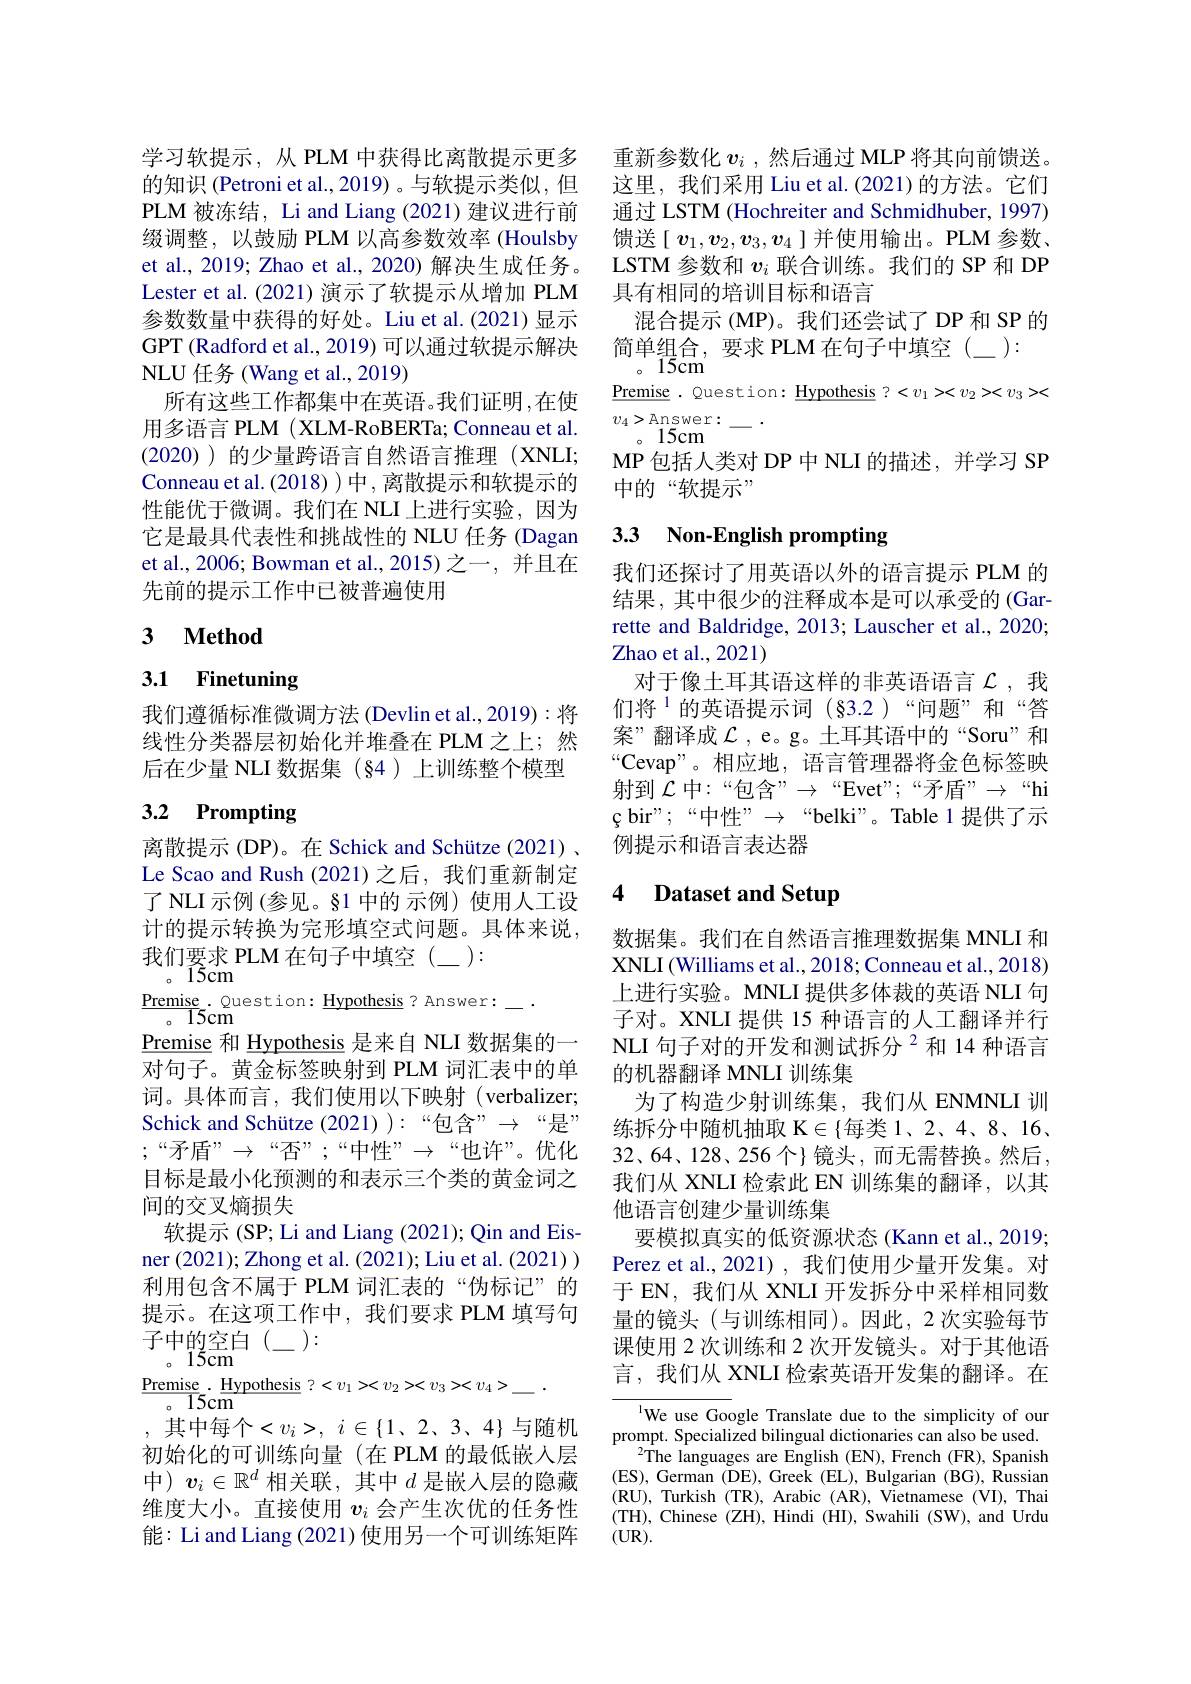
学习软提示，从 PLM 中获得比离散提示更多的知识 (Petroni et al.,2019)。与软提示类似，但PLM 被冻结，Li and Liang (2021) 建议进行前缀调整，以鼓励 PLM 以高参数效率 (Houlsby et al., 2019; Zhao et al., 2020) 解决生成任务。Lester et al. (2021) 演示了软提示从增加 PLM 参数数量中获得的好处。Liu et al.(2021)显示GPT (Radford et al., 2019) 可以通过软提示解决NLU 任务 (Wang et al., 2019)
所有这些工作都集中在英语。我们证明，在使${\text{用多语言 PLM (XLM-RoBERTa; Conneau et al.}}$ (2020) )的少量跨语言自然语言推理(XNLI; Conneau et al. (2018) ) 中 , 离散提示和软提示的性能优于微调。我们在 NLI 上进行实验，因为它是最具代表性和挑战性的 NLU 任务 (Dagan et al., 2006; Bowman et al., 2015) 之一，并且在先前的提示工作中已被普遍使用

# 3 $\textbf{Method}$

# 3.1 Finetuning

我们遵循标准微调方法(Devlin et al.,2019):将线性分类器层初始化并堆叠在 PLM 之上；然后在少量 NLI 数据集 (§4 )上训练整个模型

# 3.2 Prompting

离散提示 (DP)。在 Schick and Schütze (2021) . Le Scao and Rush (2021)之后，我们重新制定了 NLI 示例 (参见。§1 中的 示例) 使用人工设计的提示转换为完形填空式问题。具体来说我们要求 PLM 在句子中填空(\_):
。15cm
$\frac{\mathrm{Premise}}{\mathrm{I5cm}}.$ Question$:\frac{\mathrm{Hypothesis}}{\mathrm{Answer}:}-\cdot$
$\underline{\text{Premise}}$和 Hypothesis 是来自 NLI 数据集的一对句子。黄金标签映射到 PLM 词汇表中的单词。具体而言，我们使用以下映射(verbalizer; Schick and Schütze (2021) ):“包含” $\to$“ 是 ” $;“$矛盾”$\rightarrow“$否”;“中性”$\rightarrow“$也许”。优化目标是最小化预测的和表示三个类的黄金词之间的交叉熵损失
软提示 (SP; Li and Liang (2021); Qin and Eisner (2021);Zhong et al. (2021);Liu et al.(2021)) 利用包含不属于 PLM 词汇表的“伪标记”的提示。在这项工作中，我们要求 PLM 填写句$子中的空白(_{-}):$
$。15{\mathrm{cm}}^{\perp\perp}$
$\frac{\mathrm{Premise}}{15}$cm$\frac{\mathrm{Hypothesis}}{\mathrm{P}}:<v_{1}><v_{2}><v_{3}><v_{4}>-.$
, 其中每个$< v_i> $, $i\in \{ 1$, 2, $3、 4\}$ 与随机初始化的可训练向量(在 PLM 的最低嵌入层中)$\boldsymbol{v}_i\in\mathbb{R}^d$ 相关联，其中$d$ 是嵌入层的隐藏维度大小。直接使用$v_i$会产生次优的任务性能：Li and Liang (2021) 使用另一个可训练矩阵

重新参数化$v_i$ ,然后通过 MLP 将其向前馈送。这里，我们采用 Liu et al.(2021)的方法。它们通过 LSTM (Hochreiter and Schmidhuber, 1997) 馈送$[\boldsymbol v_1,\boldsymbol v_2,\boldsymbol v_3,\boldsymbol v_4]$并使用输出。PLM 参数、 LSTM 参数和$v_i$联合训练。我们的 SP 和 DP 具有相同的培训目标和语言
混合提示 (MP)。我们还尝试了 DP 和 SP 的
简单组合，要求 PLM 在句子中填空(\_):
$。1\vec{5}\vec{\mathrm{cm}}$
$\underline{{\mathrm{Premise}}}.$ Question: Hypothesis ? <v1><v2><v3><
$v_{4}>\underset{1}{\operatorname*{\operatorname*{Answer}}}:-.$
。15cm
MP包括人类对 DP中 NLI 的描述，并学习 SP
中的“软提示”

## 3.3 Non-English prompting

我们还探讨了用英语以外的语言提示 PLM 的结果，其中很少的注释成本是可以承受的 (Gar-1) rette and Baldridge, 2013; Lauscher et al., 2020; Zhao et al., 2021)
对于像土耳其语这样的非英语语言$\mathcal{L}$,我们将$^{1}$的英语提示词(§3.2)“问题”和“答案”翻译成$\mathcal{L}$ , e。g。土耳其语中的“Soru”和“Cevap”。相应地，语言管理器将金色标签映射到$\mathcal{L}$中：“包含”$\to$“Evet”;“矛盾”$\to$“hi çbir";“中性” $\to$“belki”。Table 1提供了示例提示和语言表达器

## 4 Dataset and Setup

数据集。我们在自然语言推理数据集 MNLI 和XNLI (Williams et al., 2018; Conneau et al., 2018) 上进行实验。MNLI 提供多体裁的英语 NLI 句子对。XNLI 提供 15 种语言的人工翻译并行NLI 句子对的开发和测试拆分$^{2}$和14种语言的机器翻译 MNLI 训练集
为了构造少射训练集，我们从 ENMNLI 训练拆分中随机抽取 K$\in\{$每类 1、2、4、8、16、 $32、64、128、256$个}镜头，而无需替换。然后， 我们从 XNLI 检索此 EN 训练集的翻译，以其他语言创建少量训练集
要模拟真实的低资源状态 (Kann et al., 2019; Perez et al., 2021), 我们使用少量开发集。对于 EN, 我们从 XNLI 开发拆分中采样相同数量的镜头(与训练相同)。因此，2次实验每节课使用 2 次训练和 2 次开发镜头。对于其他语言，我们从 XNLI 检索英语开发集的翻译。在

lWe use Google Translate due to the simplicity of our prompt. Specialized bilingual dictionaries can also be used.
$^{2}$The languages are English (EN), French (FR), Spanish (ES), German (DE), Greek (EL), Bulgarian (BG), Russian (RU), Turkish (TR), Arabic (AR), Vietnamese (VI), Thai (TH), Chinese (ZH), Hindi (HI), Swahili (SW), and Urdu $(UR).$